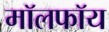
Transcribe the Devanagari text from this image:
मॉलफॉय